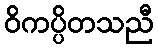
ဝိကပ္ပိတသညီ